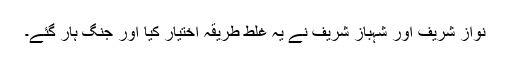
نواز شریف اور شہباز شریف نے یہ غلط طریقہ اختیار کیا اور جنگ ہار گئے۔